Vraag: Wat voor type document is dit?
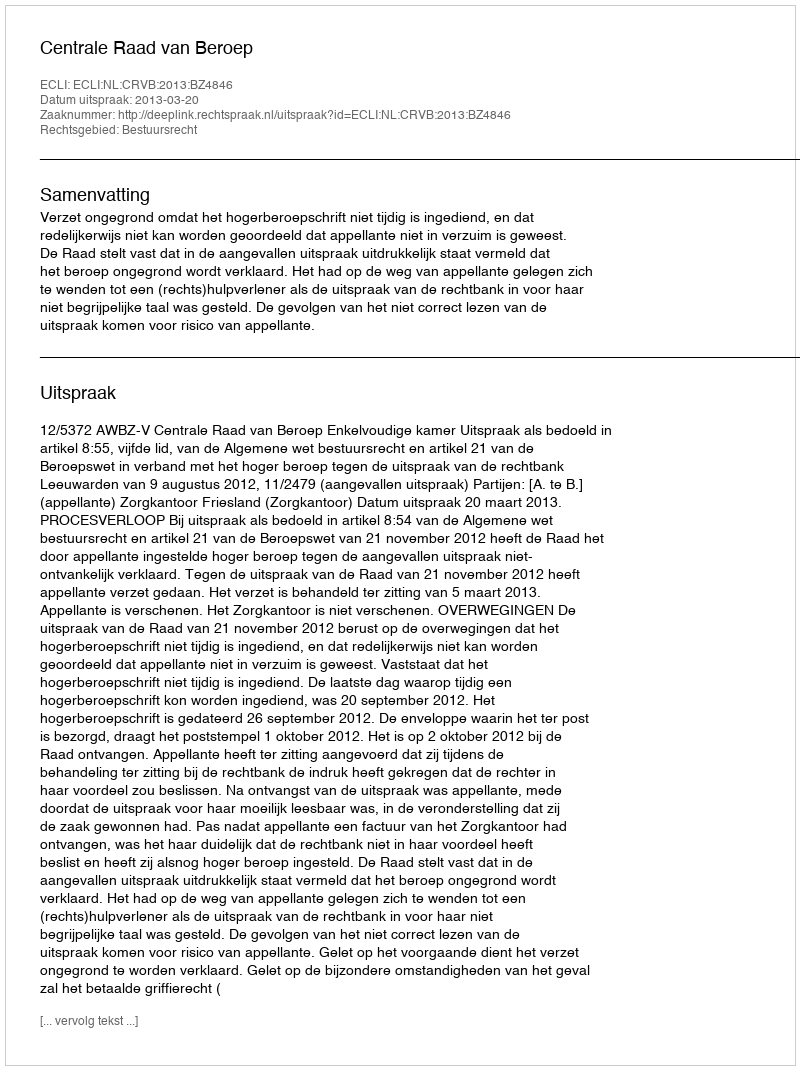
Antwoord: Uitspraak